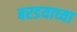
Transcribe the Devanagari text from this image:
बरडयाच्या